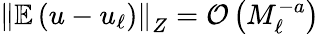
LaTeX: \left\Vert\mathbb{E}\left(u-u_{\ell}\right)\right\Vert_{Z}=\mathcal{O}\left(M_{\ell}^{-a}\right)